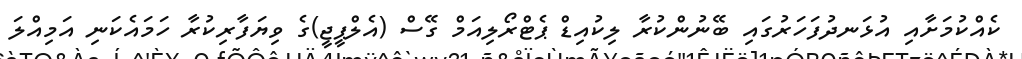
ކެއްކުމަށާއި އުޅަނދުފަހަރުގައި ބޭނުންކުރާ ލިކުއިޑް ޕެޓްރޯލިއަމް ގޭސް (އެލްޕީޖީ)ގެ ވިޔަފާރިކުރާ ހަމައެކަނި އަމިއްލަ